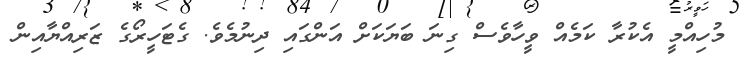
މުހިއްމީ އެކުރާ ކަމެއް ވީހާވެސް ގިނަ ބަޔަކަށް އަންގައި ދިނުމެވެ. ގެޓަހީރޯގެ ޒަރިއްޔާއިން